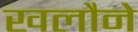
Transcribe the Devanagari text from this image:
खलौने